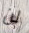
لن